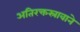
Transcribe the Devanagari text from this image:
अतिरक्तस्रावाने